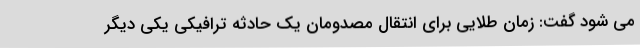
می شود گفت: زمان طلایی برای انتقال مصدومان یک حادثه ترافیکی یکی دیگر